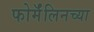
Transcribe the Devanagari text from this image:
फोर्मॅलिनच्या